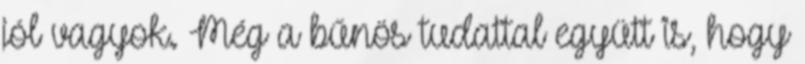
jól vagyok. Még a bűnös tudattal együtt is, hogy